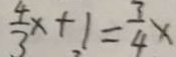
\frac { 4 } { 3 } x + 1 = \frac { 3 } { 4 } x